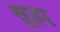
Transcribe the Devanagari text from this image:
सूहा